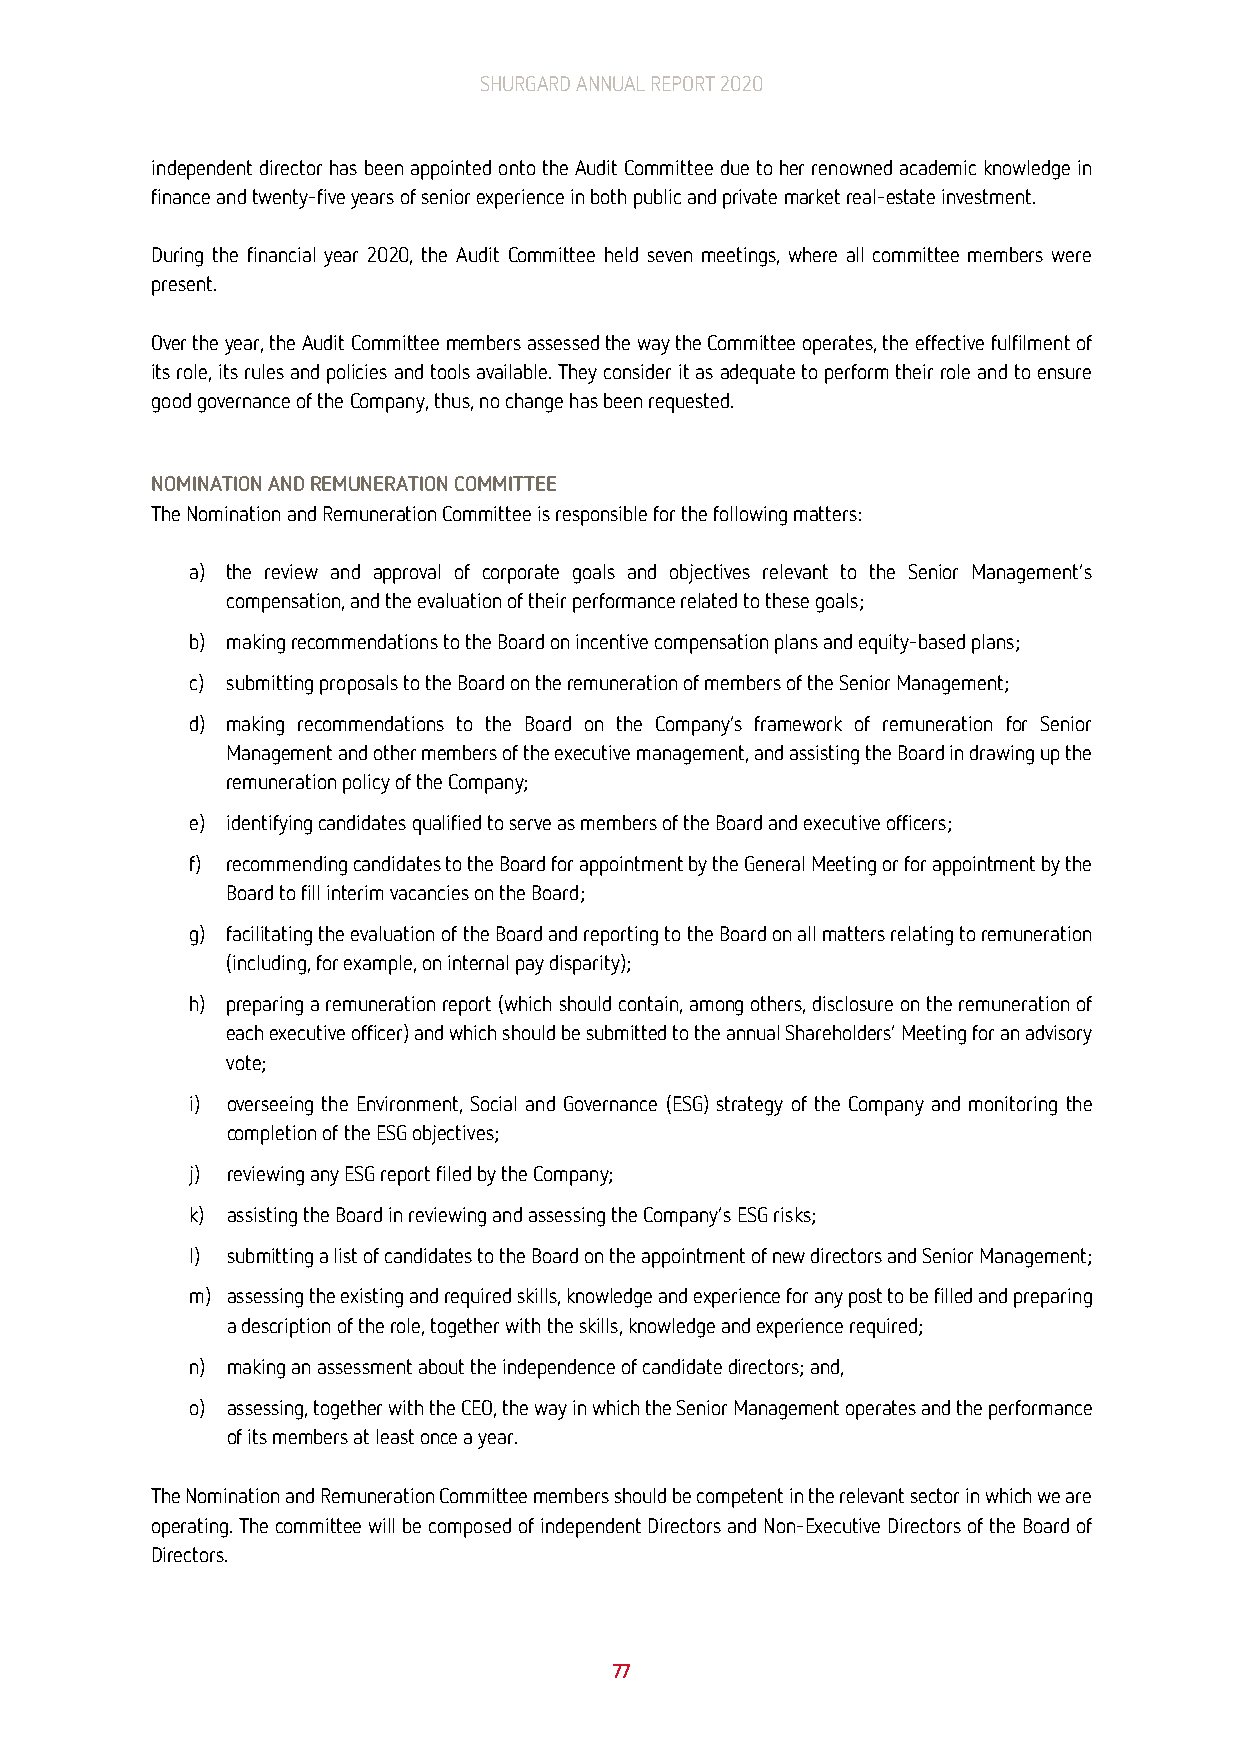
SHURGARD ANNUAL REPORT 2020
 independent director has been appointed onto the Audit Committee due to her renowned academic knowledge in
 finance and twenty-five years of senior experience in both public and private market real-estate investment.
 During the financial year 2020, the Audit Committee held seven meetings, where all committee members were
 present.
 Over the year, the Audit Committee members assessed the way the Committee operates, the effective fulfilment of
 its role, its rules and policies and tools available. They consider it as adequate to perform their role and to ensure
 good governance of the Company, thus, no change has been requested.
 NOMINATION AND REMUNERATION COMMITTEE
 The Nomination and Remuneration Committee is responsible for the following matters:
 a) the review and approval of corporate goals and objectives relevant to the Senior Management’s
 compensation, and the evaluation of their performance related to these goals;
 b) making recommendations to the Board on incentive compensation plans and equity-based plans;
 c) submitting proposals to the Board on the remuneration of members of the Senior Management;
 d) making recommendations to the Board on the Company’s framework of remuneration for Senior
 Management and other members of the executive management, and assisting the Board in drawing up the
 remuneration policy of the Company;
 e) identifying candidates qualified to serve as members of the Board and executive officers;
 f) recommending candidates to the Board for appointment by the General Meeting or for appointment by the
 Board to fill interim vacancies on the Board;
 g) facilitating the evaluation of the Board and reporting to the Board on all matters relating to remuneration
 (including, for example, on internal pay disparity);
 h) preparing a remuneration report (which should contain, among others, disclosure on the remuneration of
 each executive officer) and which should be submitted to the annual Shareholders’ Meeting for an advisory
 vote;
 i) overseeing the Environment, Social and Governance (ESG) strategy of the Company and monitoring the
 completion of the ESG objectives;
 j) reviewing any ESG report filed by the Company;
 k) assisting the Board in reviewing and assessing the Company’s ESG risks;
 l) submitting a list of candidates to the Board on the appointment of new directors and Senior Management;
 m) assessing the existing and required skills, knowledge and experience for any post to be filled and preparing
 a description of the role, together with the skills, knowledge and experience required;
 n) making an assessment about the independence of candidate directors; and,
 o) assessing, together with the CEO, the way in which the Senior Management operates and the performance
 of its members at least once a year.
 The Nomination and Remuneration Committee members should be competent in the relevant sector in which we are
 operating. The committee will be composed of independent Directors and Non-Executive Directors of the Board of
 Directors.
 77